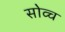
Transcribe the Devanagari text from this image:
सोव्च